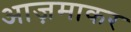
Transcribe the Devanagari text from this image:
आज़माकर